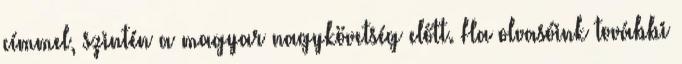
címmel, szintén a magyar nagykövetség előtt. Ha olvasóink további